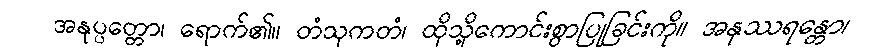
အနုပ္ပတ္တော၊ ရောက်၏။ တံသုကတံ၊ ထိုသို့ကောင်းစွာပြုခြင်းကို။ အနုဿရန္တော၊